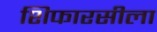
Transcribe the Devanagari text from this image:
शिफारसीला